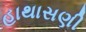
હાથાસણી